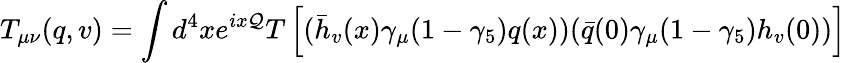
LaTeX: T_{\mu\nu}(q,v)=\int d^{4}xe^{ix{\cal Q}}T\left[(\bar{h}_{v}(x)\gamma_{\mu}(1-\gamma_{5})q(x))(\bar{q}(0)\gamma_{\mu}(1-\gamma_{5})h_{v}(0))\right]